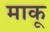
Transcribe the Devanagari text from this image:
माकू